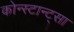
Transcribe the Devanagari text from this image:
कोन्स्टान्ट्सा